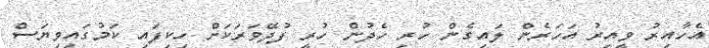
އެހާއިރު ވީއިރު އަހަރެން ލައިގެން ހުރި ހެދުން ހުރީ ފުދޭވަރަކަށް ހިކިފައި ކަމުގައިވިޔަސް